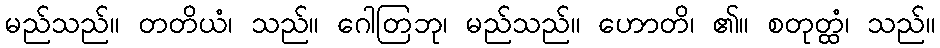
မည်သည်။ တတိယံ၊ သည်။ ဂေါတြဘု၊ မည်သည်။ ဟောတိ၊ ၏။ စတုတ္ထံ၊ သည်။